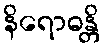
နိရောဓန္တိ